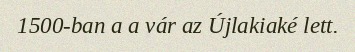
1500-ban a a vár az Újlakiaké lett.